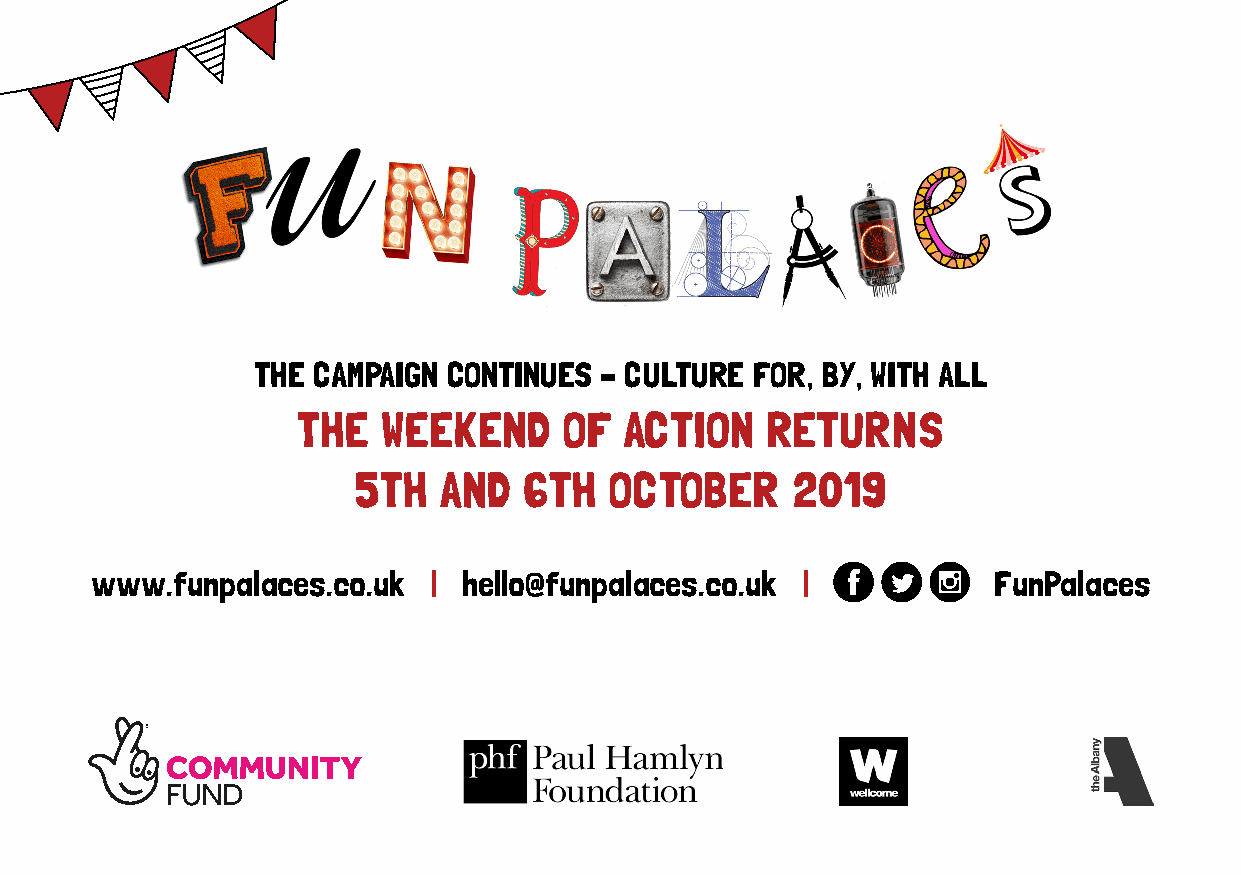
THE CAMPAIGN CONTINUES – CULTURE FOR, BY, WITH ALL
 THE  WEEKEND     OF  ACTION    RETURNS
 5TH   AND   6TH  OCTOBER     2019
 www.funpalaces.co.uk  |  hello@funpalaces.co.uk |           FunPalaces